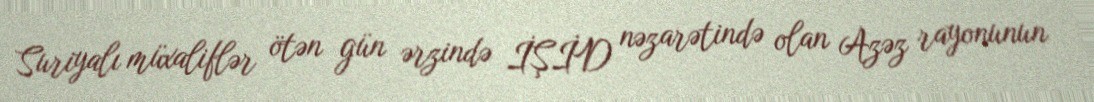
Suriyalı müxaliflər ötən gün ərzində İŞİD nəzarətində olan Azəz rayonunun